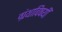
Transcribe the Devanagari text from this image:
ग्रंथाविषयीं